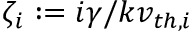
\zeta _ { i } : = i \gamma / k v _ { t h , i }